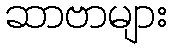
ဆာဗာများ